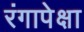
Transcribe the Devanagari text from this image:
रंगापेक्षा